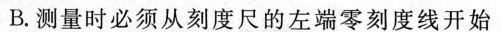
B.测量时必须从刻度尺的左端零刻度线开始